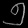
Digit: ၅